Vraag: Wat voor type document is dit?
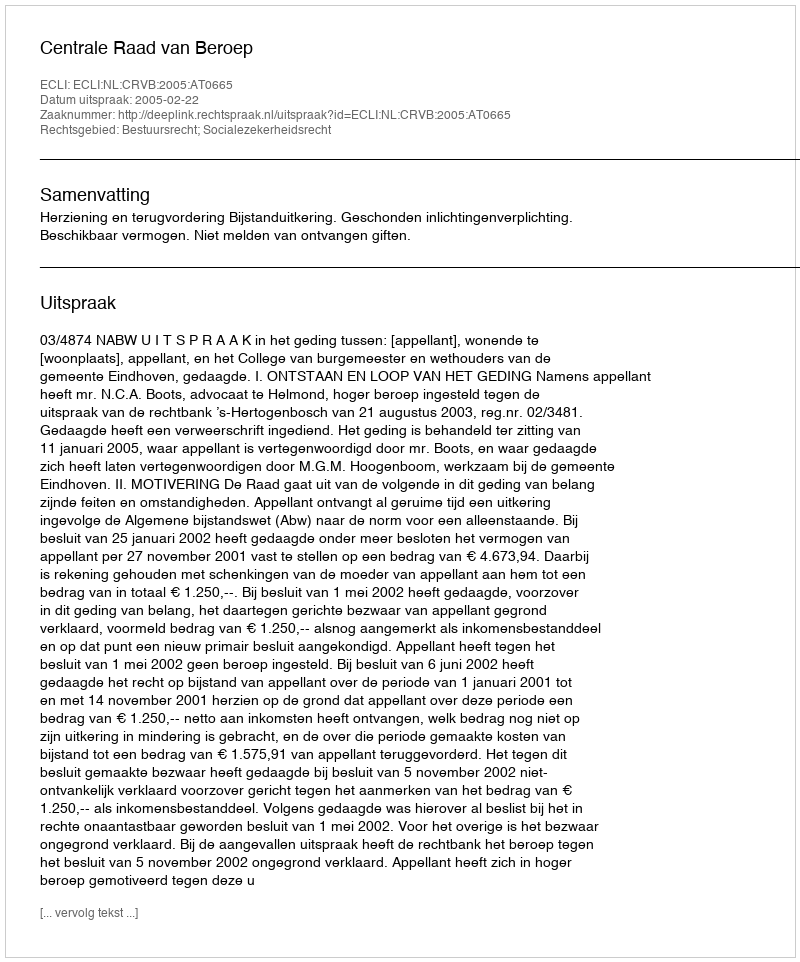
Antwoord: Uitspraak